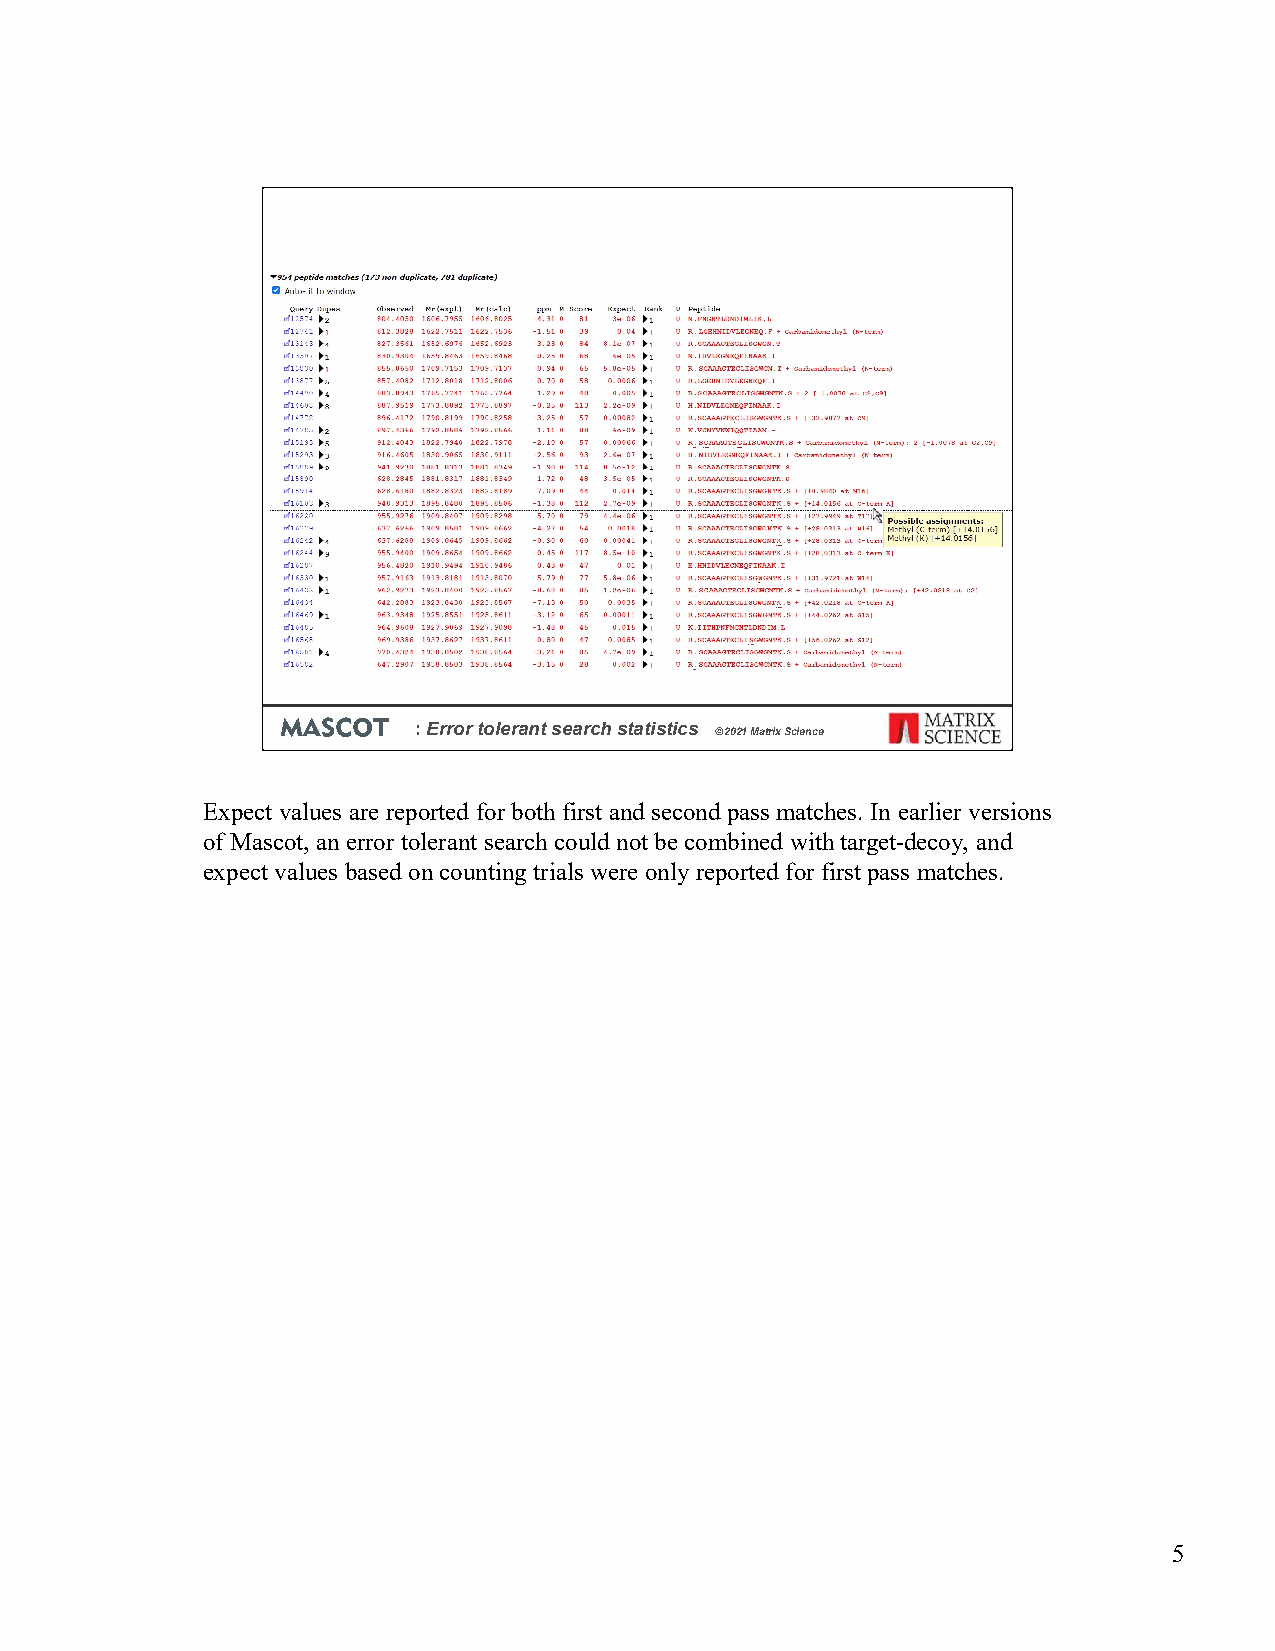
: Error tolerant search statistics
 © 2021 Matrix Science
 Expect values are reported for both first and second pass matches. In earlier versions
 of Mascot, an error tolerant search could not be combined with target-decoy, and
 expect values based on counting trials were only reported for first pass matches.
 5